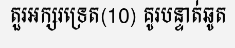
តួរអក្សរទ្រេត(10) គូរបន្ទាត់ឆូត